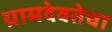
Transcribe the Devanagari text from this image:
ग्रामदेवतेचा